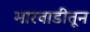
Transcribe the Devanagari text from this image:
मारवाडीतून